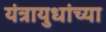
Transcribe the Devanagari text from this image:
यंत्रायुधांच्या